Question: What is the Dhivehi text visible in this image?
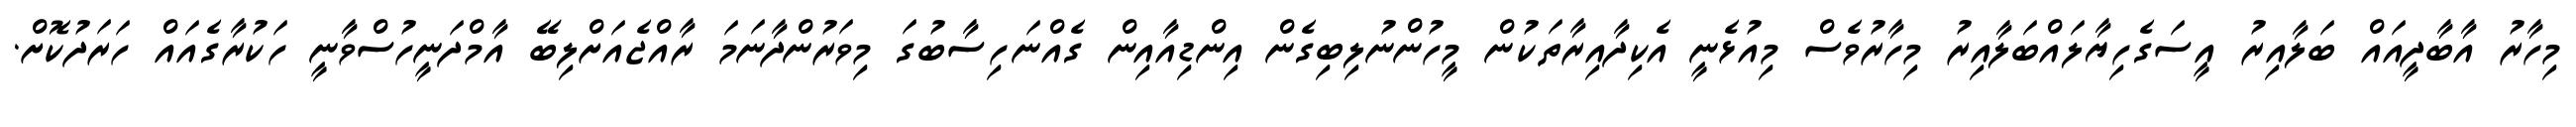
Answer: މިހާރު އާބާދީއައް ބަލާއިރު އީސަގެހިޔާލައްބަލާއިރު މިހާރުވެސް މިއުޅެނީ އެކިދާއިރާތަކުން މީހުންނުލިބިގެން އިންޑިއާއިން ގެއްނަހިސާބުގަ މިވަރުންދާނަމަ ރާއްޖެއަށްލިބޭ އާމްދަނީހުސްވާނީ ހަކުރާގެއައް ހަރަދުކޮށް.